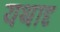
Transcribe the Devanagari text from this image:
यथादृ